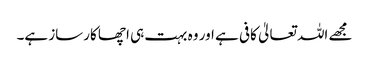
مجھے اللہ تعالیٰ کافی ہے اور وہ بہت ہی اچھا کارساز ہے۔